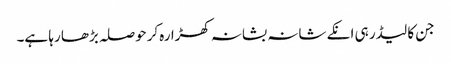
جن کا لیڈر ہی انکے شانہ بشانہ کھڑا رہ کرحوصلہ بڑھا رہا ہے۔